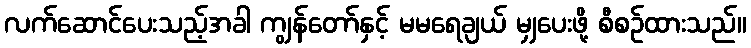
လက်ဆောင်ပေးသည့်အခါ ကျွန်တော်နှင့် မမရေချယ် မျှပေးဖို့ စီစဉ်ထားသည်။